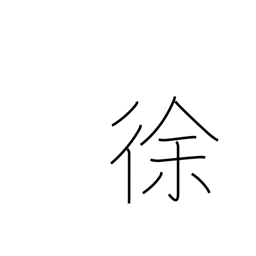
Meaning: deliberately